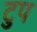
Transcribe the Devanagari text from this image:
टुप